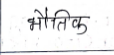
मजकूर: भौतिक